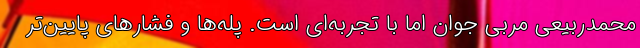
محمدربیعی مربی جوان اما با تجربه‌ای است. پله‌ها و فشارهای پایین‌تر